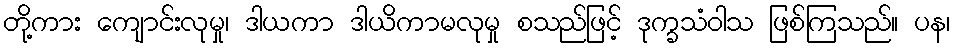
တို့ကား ကျောင်းလုမှု၊ ဒါယကာ ဒါယိကာမလုမှု စသည်ဖြင့် ဒုက္ခသံဝါသ ဖြစ်ကြသည်။ ပန၊